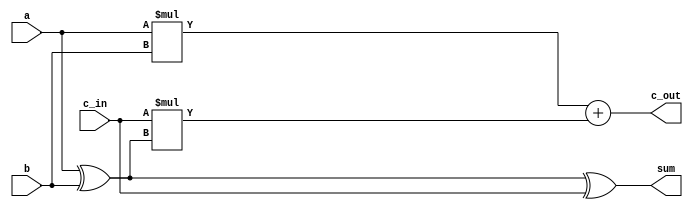
// csAdder.v
// Vincent Li
// 3/19/2019
`timescale 1ns / 1ps

module rca_1 (
    // modified from assignment 1
    input wire a, b, c_in,
    output wire sum, c_out
    );
    assign sum = a ^ b ^ c_in;
    assign c_out = a * b + c_in * (a ^ b);
    
endmodule

// 4-bit rca
module rca_4 #(parameter integer WIDTH = 4) (
    // from assigment 1
    output wire [WIDTH - 1 : 0] sum, 
    output wire out,
    input wire [WIDTH - 1 : 0] a, b,
    input wire in
    );

    wire [WIDTH - 1 : 0] c_in, c_out;
    wire [WIDTH - 1 : 0] s;

    rca_1 M[WIDTH - 1 : 0] (.a(a), .b(b), .c_in(c_in), .sum(s), .c_out(c_out));
    // connecting wires
    // for c_in and c_out
    assign c_in[0] = in;
    assign out = c_out[WIDTH - 1];
    assign c_in[WIDTH - 1 : 1] = c_out[WIDTH - 2 : 0];
    // for sum
    assign sum[WIDTH - 1 : 0] = s[WIDTH - 1 : 0];
    
endmodule

// csAdder for 4 bits
module csAdder_4 (
    input wire [3 : 0] A, B,
    input wire Cin,
    output wire [3 : 0] S,
    output wire Cout
    );
    // internal wires
    wire carry0out, carry1out;
    wire [3 : 0] carry0S, carry1S;
    // instantiating both rca's
    rca_4 carry0[3 : 0] (.a(A), .b(B), .in(1'b0), .sum(carry0S), .out(carry0out));
    rca_4 carry1[3 : 0] (.a(A), .b(B), .in(1'b1), .sum(carry1S), .out(carry1out));
    // mux for carry out
    assign Cout = Cin ? carry1out : carry0out;
    // mux for sums
    assign S = Cin ? carry1S : carry0S;

endmodule


module csAdder #(parameter integer WIDTH = 64) (
    input wire [WIDTH - 1 : 0] A, B,
    input wire Cin,
    output wire [WIDTH - 1 : 0] S,
    output wire Cout
    );
    // internal wires
    wire [WIDTH / 4 - 1 : 0] cin, cout;
    // generate
    genvar i;
    generate
        for(i = 0; i < WIDTH / 4; i = i + 1) begin: build
            csAdder_4 csa(.A(A[(i+1)*4-1 : (i+1)*4-4]), .B(B[(i+1)*4-1 : (i+1)*4-4]), .Cin(cin[i]), .S(S[(i+1)*4-1 : (i+1)*4-4]), .Cout(cout[i]));   
        end
    endgenerate
    // connections
    assign cin[0] = Cin;
    assign Cout = cout[WIDTH / 4 - 1 : 0];
    assign cin[WIDTH / 4 - 1 : 1] = cout[WIDTH / 4 - 2 : 0];
    
endmodule